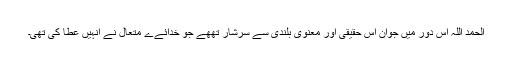
الحمد اللہ اس دور میں جوان اس حقیقی اور معنوی بلندی سے سرشار تھھے جو خدائےے متعال نے انہیں عطا کی تھی۔